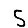
Digit: 5